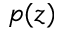
p ( z )